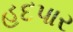
હદપાર